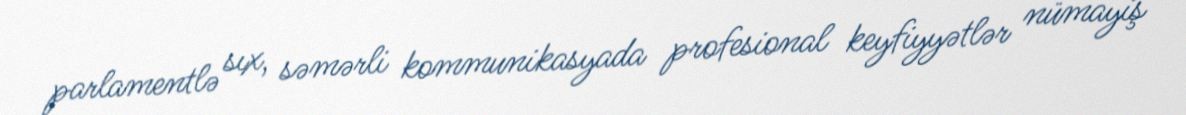
parlamentlə sıx, səmərli kommunikasyada profesional keyfiyyətlər nümayiş